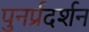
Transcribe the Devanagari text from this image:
पुनर्प्रदर्शन